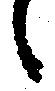
々